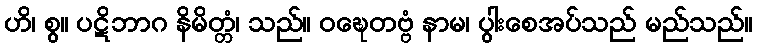
ဟိ၊ စွ။ ပဋိဘာဂ နိမိတ္တံ၊ သည်။ ဝဍ္ဎေတဗ္ဗံ နာမ၊ ပွါးစေအပ်သည် မည်သည်။